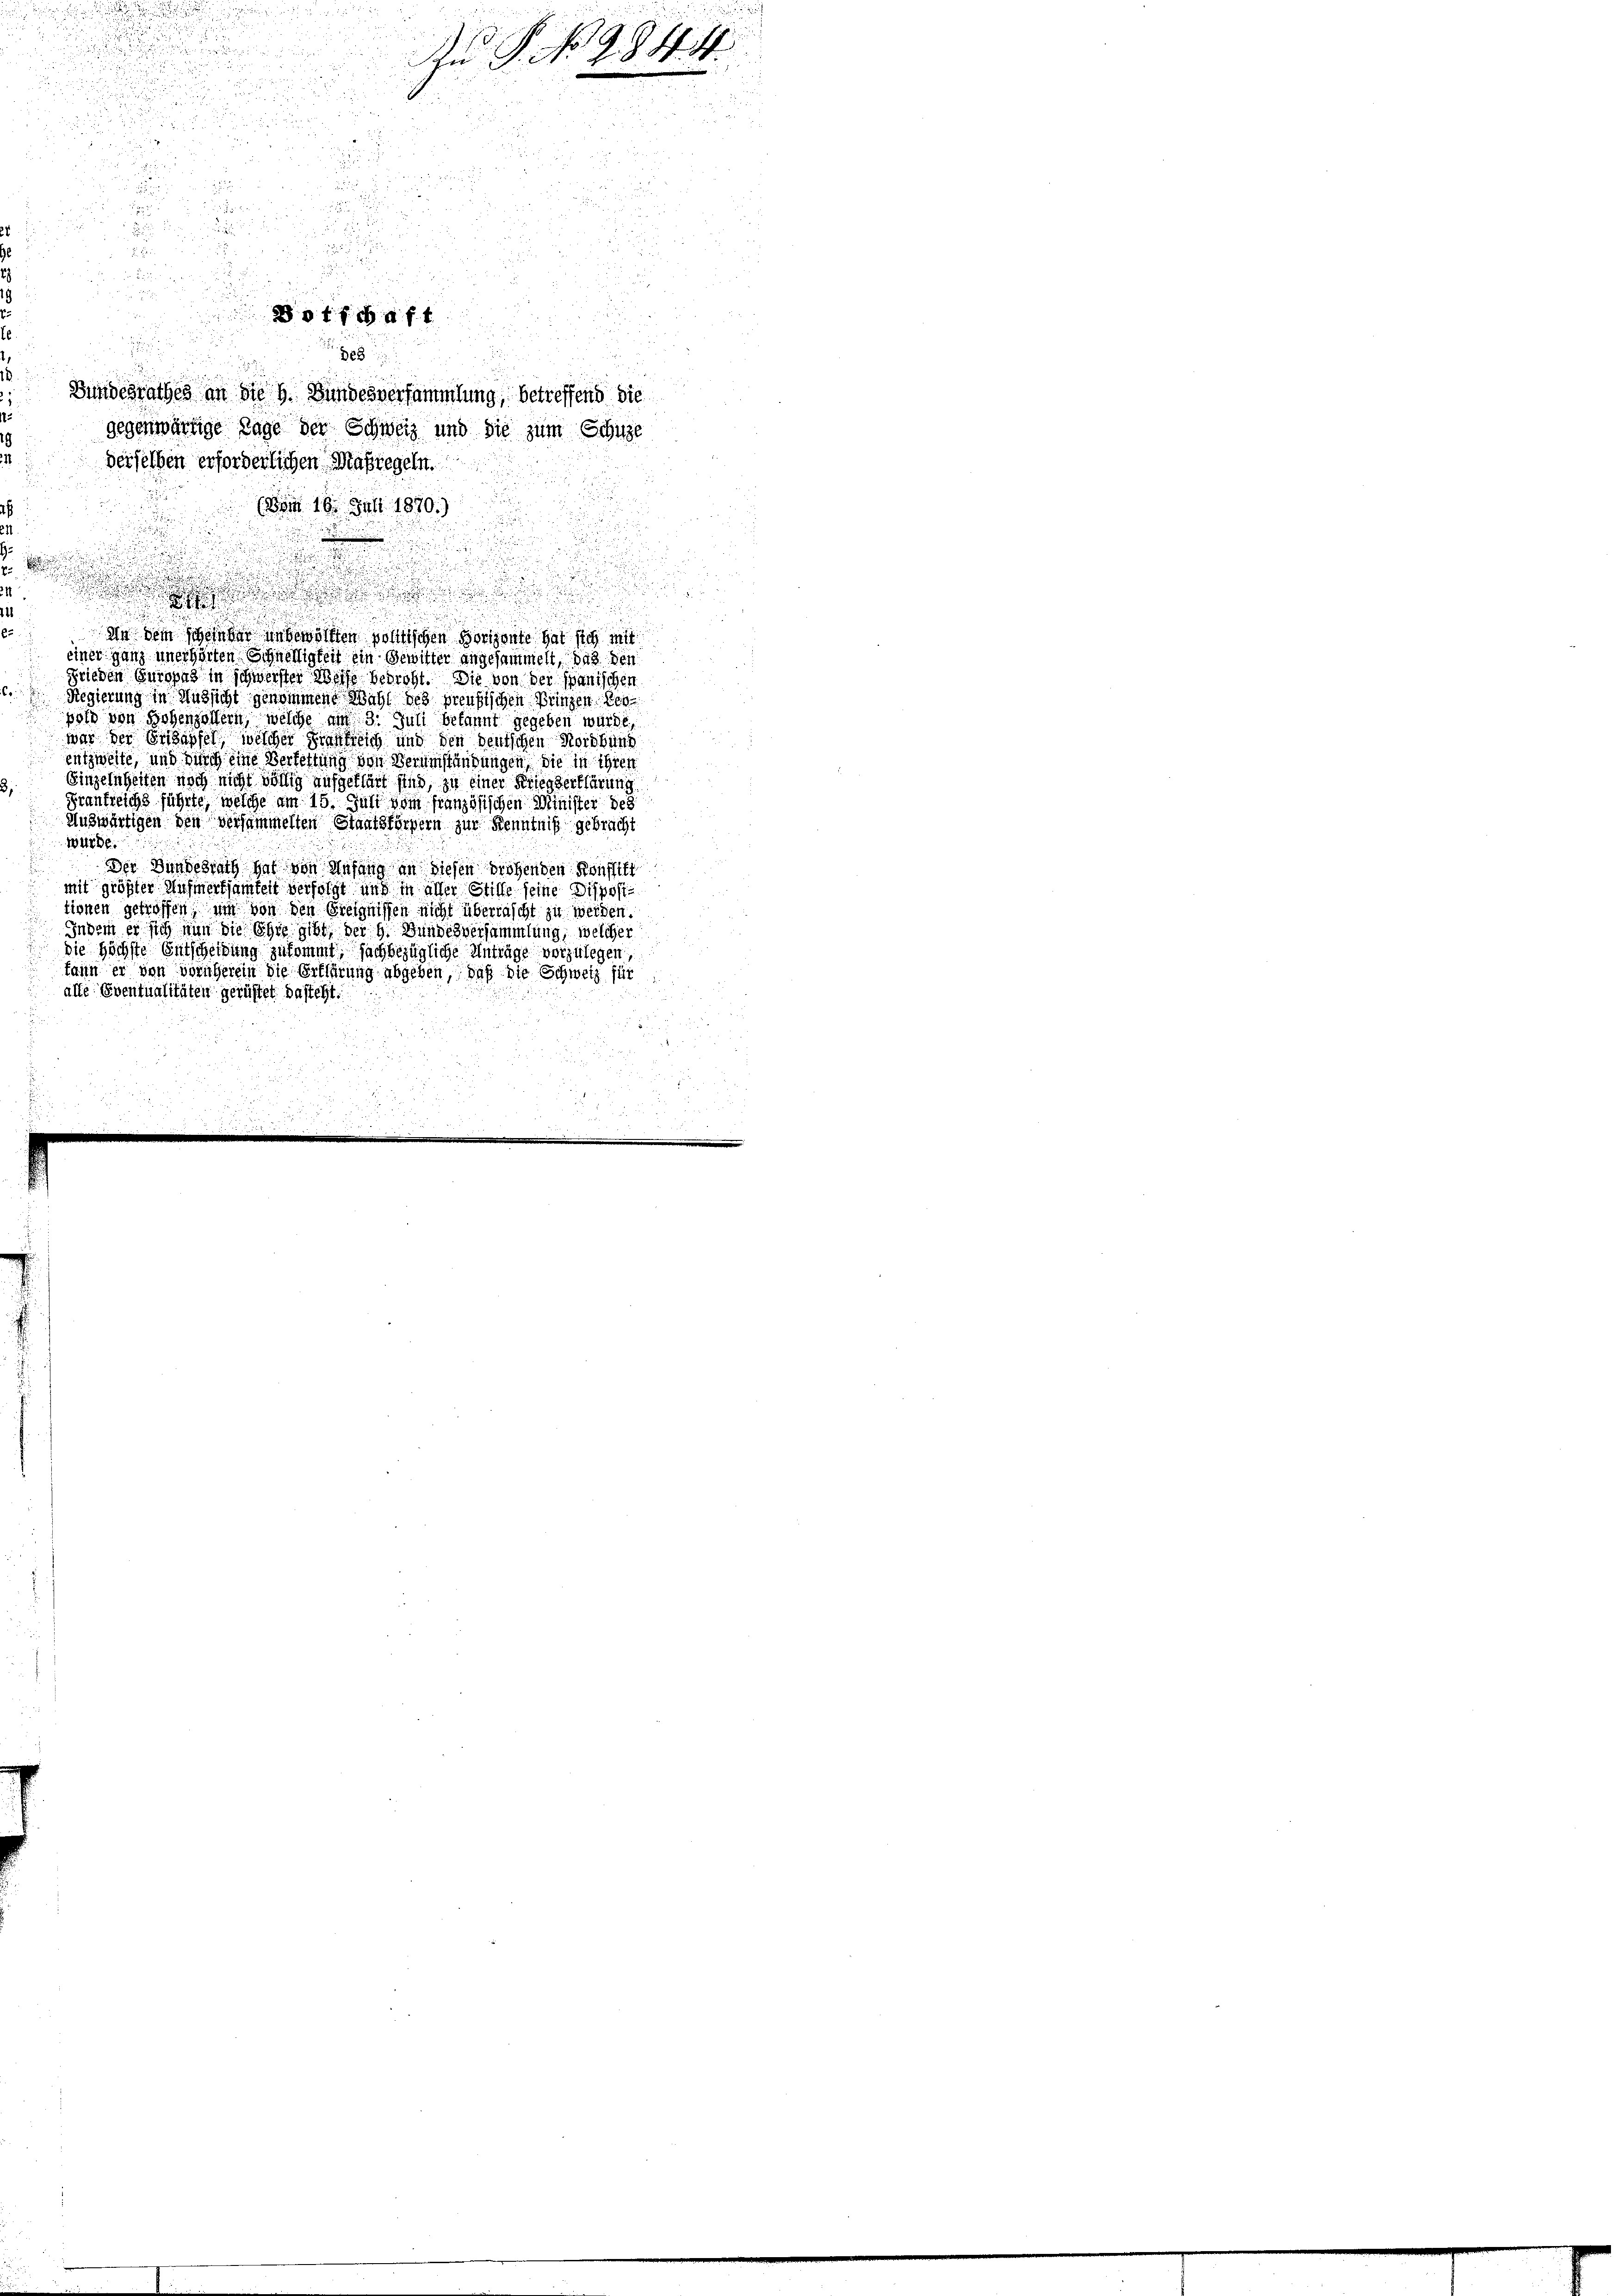
u
.

u
E

 58 x

  ist an

d
 erer

2
da die sich den
 153
i
x

Bundesrathes an die h. Bundesversammlung, betreffend die
gegenwärtige Tage der Schweiz und die zum Schulge
derselben erforderlichen Maßregeln.
d
(vom 16. Juli 1870.)

d
.
.
.
t
d

din dem Scheinbar ungewölften politischen Horizonte hat sich mit
einer ganz unerhörten Schnelligkeit ein Gewitter angesammelt, das den
Frieden Europas in schwerster Woche bedroht. Die von der Spanischen
Regierung in Aussicht genommene Wahl des preußischen Bringen der
d
pold von Hohenzollern, welche um 3. Juli bekannt gegeben würde,
war der Erdapfel, welcher Frankreich und den deutschen Nordbung
entzweite, und durch eine Verfettung von Verumständungen, die in ihrer
Einzelnheiten noch nicht völlig aufgeklärt sind, zu einer Kriegserklärung
Frankreichs führte, welche am 15. Juni vom französischen Minister des
Auswärtigen den versammelten Staatsfördern zur Kenntniß gebracht
Würde.
Der Bundesrath hat von Wafung an diesen drohenden Konfi
mit größter Aufmerksamkeit verfolgt und in aller Stille seine Dispositionen getroffen, und von den Ereignissen nicht überrascht zu werden.
Indem er sich nun die Ehre gibt der h. Bundesversammlung, welcher
 die Höchste Entscheibung zukommt, sachbezügliche Anträge vorzulegen,
kann er von vornherein die Erklärung abgeben, daß die Schweiz für
alle Eventualitäten gerüstet dasteht.
5

dricht er den de
2

s

An P. Nr. 984. 4.

d

x
u
tg f
388

122

.
.